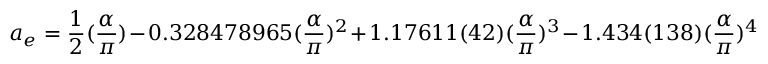
a _ { e } = \frac 1 2 ( \frac \alpha \pi ) - 0 . 3 2 8 4 7 8 9 6 5 ( \frac \alpha \pi ) ^ { 2 } + 1 . 1 7 6 1 1 ( 4 2 ) ( \frac \alpha \pi ) ^ { 3 } - 1 . 4 3 4 ( 1 3 8 ) ( \frac \alpha \pi ) ^ { 4 }